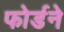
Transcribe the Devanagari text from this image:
फोर्डने